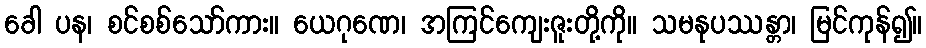
ခေါ ပန၊ စင်စစ်သော်ကား။ ယေဂုဏေ၊ အကြင်ကျေးဇူးတို့ကို။ သမနုပဿန္တာ၊ မြင်ကုန်၍။